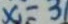
x = 3 1